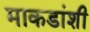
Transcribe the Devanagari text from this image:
माकडांशी